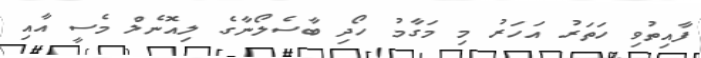
ފާއިތުވި ހަތަރު އަހަރު މި މަގާމު ހޯދި ބާސެލޯނާގެ ލިއޮނެލް މެސީ އާއި